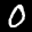
Digit: 0